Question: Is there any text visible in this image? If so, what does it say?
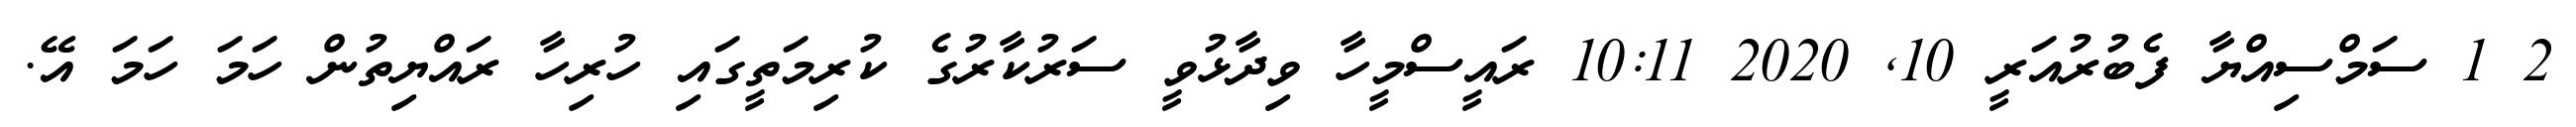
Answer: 2 1 ސަމްސިއްޔާ ފެބުރުއަރީ 10, 2020 10:11 ރައީސްމީހާ ވިދާޅުވީ ސަރުކާރުގެ ކުރިމަތީގައި ހުރިހާ ރައްޔިތުން ހަމަ ހަމަ އޭ.